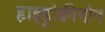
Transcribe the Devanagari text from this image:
हाइड्रोक्वीनोन